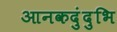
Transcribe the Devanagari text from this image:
आनकदुंदुभि